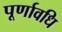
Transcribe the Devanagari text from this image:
पूर्णावधि